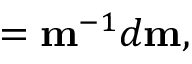
{ \bf \alpha } = { \bf m } ^ { - 1 } d { \bf m } ,